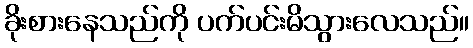
ခိုးစားနေသည်ကို ပက်ပင်းမိသွားလေသည်။